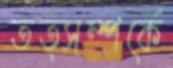
তত্সম্পর্কে